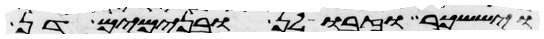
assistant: ויששכר וזבולן ובנימים דן